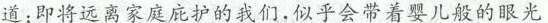
道：即将远离家庭庇护的我们，似乎会带着婴儿般的眼光